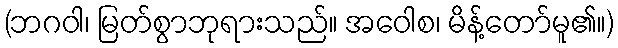
(ဘဂဝါ၊ မြတ်စွာဘုရားသည်။ အဝေါစ၊ မိန့်တော်မူ၏။)